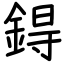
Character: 鍀